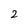
Character: 2